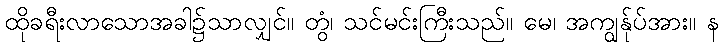
ထိုခရီးလာသောအခါ၌သာလျှင်။ တွံ၊ သင်မင်းကြီးသည်။ မေ၊ အကျွန်ုပ်အား။ န